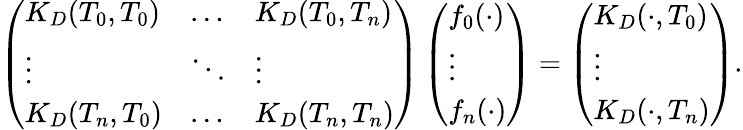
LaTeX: \left(\begin{array}{lll}{K_{D}(T_{0},T_{0})}&{\ldots}&{K_{D}(T_{0},T_{n})}\\ {\vdots}&{\ddots}&{\vdots}\\ {K_{D}(T_{n},T_{0})}&{\ldots}&{K_{D}(T_{n},T_{n})}\end{array}\right)\left(\begin{array}{l}{f_{0}(\cdot)}\\ {\vdots}\\ {f_{n}(\cdot)}\end{array}\right)=\left(\begin{array}{l}{K_{D}(\cdot,T_{0})}\\ {\vdots}\\ {K_{D}(\cdot,T_{n})}\end{array}\right).